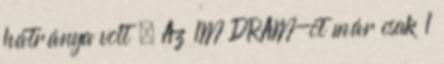
hátránya volt . Az 1M DRAM-ot már csak 1